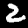
Digit: 2